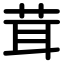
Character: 茸